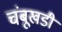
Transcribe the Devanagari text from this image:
चंबूखडी